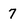
Character: 7